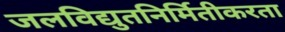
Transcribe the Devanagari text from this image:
जलविद्युतनिर्मितीकरता